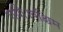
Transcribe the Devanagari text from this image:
गयी।पश्चिम